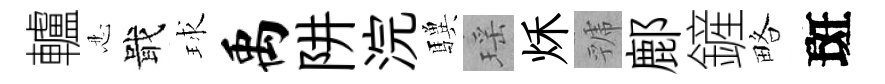
轤忍戢球禹阱浣驥瑶秌虢鄜鏟略斑